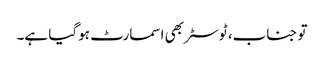
تو جناب، ٹوسٹر بھی اسمارٹ ہوگیا ہے۔